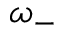
\omega _ { - }